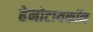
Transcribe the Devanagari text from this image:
हेनोटायकॉन